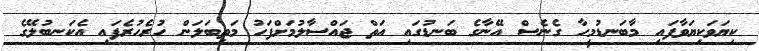
ކިޔަވަކިޔަވާފައި މާބަނޑުމީހާ ގެނެސް އޭނާގެ ބަނޑުގައި އަތް ޖައްސާލުމަށްފަހު މަތިބަލަން ހުރެހުރެފައި އެކަނބުލޭގެ